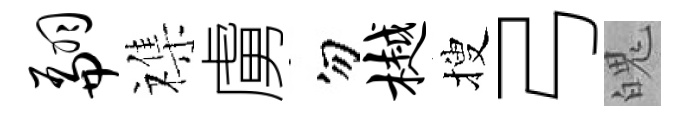
翩襍虜勿樾搜弓魄